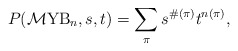
\begin{gather*}P({\cal M}{\rm YB}_n,s,t)=\sum_{\pi} s^{\#(\pi)} t^{n(\pi)},\end{gather*}